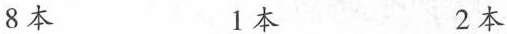
8本 1本 2本